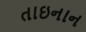
તાઇનાન